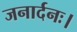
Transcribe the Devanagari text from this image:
जनार्दनः।